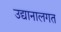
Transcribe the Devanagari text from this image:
उद्यानालगत